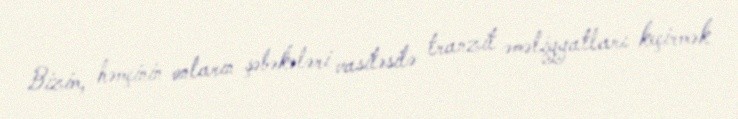
Bizim, həmçinin onların şəbəkələri vasitəsilə tranzit əməliyyatları keçirmək